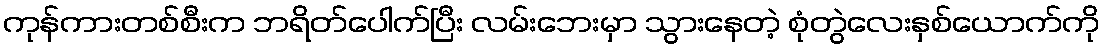
ကုန်ကားတစ်စီးက ဘရိတ်ပေါက်ပြီး လမ်းဘေးမှာ သွားနေတဲ့ စုံတွဲလေးနှစ်ယောက်ကို